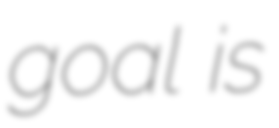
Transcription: goal is